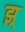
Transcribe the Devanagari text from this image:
झ्र्